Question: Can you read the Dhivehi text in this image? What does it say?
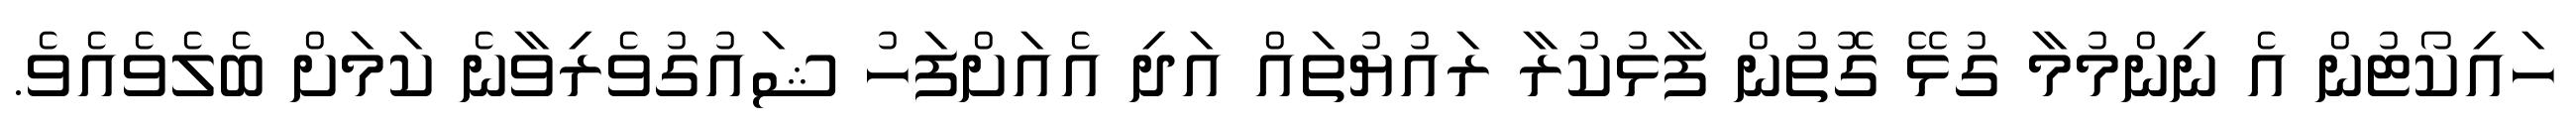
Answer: ހައިކޯޓުން އެ ނިންމުމާ ގުޅޭ ގޮތުން ފާޅުކުރާ ރައުޔުތައް އަދި އެއަށްފަހު ޝައުގުވެރިވާނެ ކަމަށް ބެލެވެއެވެ.